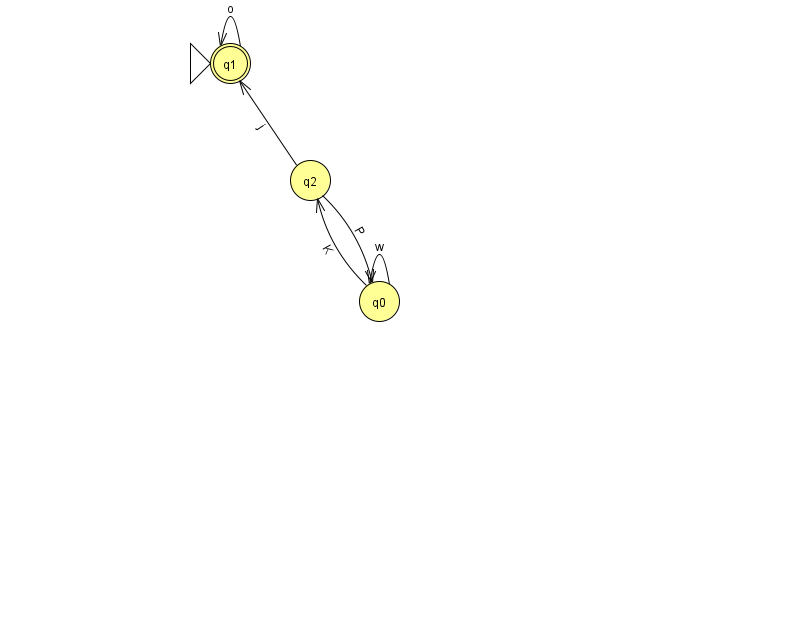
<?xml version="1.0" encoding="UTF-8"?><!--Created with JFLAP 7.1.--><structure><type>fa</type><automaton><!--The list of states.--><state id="0" name="q0"><x>379.0</x><y>288.0</y></state><state id="1" name="q1"><x>230.0</x><y>50.0</y><initial/><final/></state><state id="2" name="q2"><x>310.0</x><y>167.0</y></state><!--The list of transitions.--><transition><from>2</from><to>0</to><read>P</read></transition><transition><from>0</from><to>0</to><read>w</read></transition><transition><from>2</from><to>1</to><read>j</read></transition><transition><from>0</from><to>2</to><read>K</read></transition><transition><from>1</from><to>1</to><read>o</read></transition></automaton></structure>